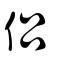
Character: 侶